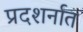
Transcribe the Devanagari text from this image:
प्रदशर्नात